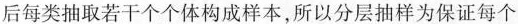
后每类抽取若干个个体构成样本，所以分层抽样为保证每个